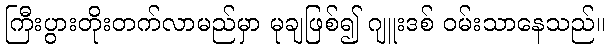
ကြီးပွားတိုးတက်လာမည်မှာ မုချဖြစ်၍ ဂျူးဒစ် ဝမ်းသာနေသည်။